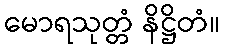
မောရသုတ္တံ နိဋ္ဌိတံ။